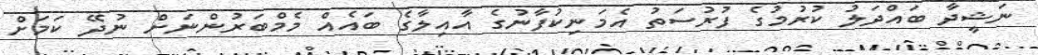
ނަޝީދާ ބައްދަލު ކުރުމުގެ ފުރުސަތު އެމަނިކުފާނުގެ އާއިލާގެ ބައެއް މެމްބަރުންނަށް ނުދޭ ކަމަށް